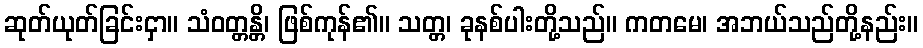
ဆုတ်ယုတ်ခြင်းငှာ။ သံဝတ္တန္တိ၊ ဖြစ်ကုန်၏။ သတ္တ၊ ခုနစ်ပါးတို့သည်။ ကတမေ၊ အဘယ်သည်တို့နည်း။